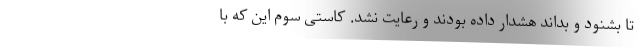
تا بشنود و بداند هشدار داده بودند و رعایت نشد. کاستی سوم این که با